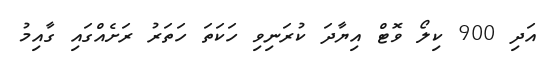
އަދި 900 ކިލޯ ވޮޓް އިޔާދަ ކުރަނިވި ހަކަތަ ހަތަރު ރަށެއްގައި ގާއިމު